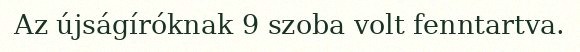
Az újságíróknak 9 szoba volt fenntartva.